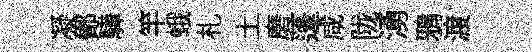
凝鄼驊竿蛾札土磨蓬咸陇湧鴉渡